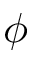
\phi